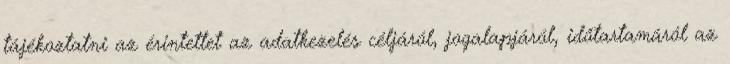
tájékoztatni az érintettet az adatkezelés céljáról, jogalapjáról, időtartamáról az